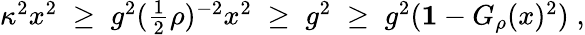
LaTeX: \begin{array}{r}{\kappa^{2}x^{2}\; \geq\; g^{2}(\frac{1}{2}\rho)^{-2}x^{2}\; \geq\; g^{2}\; \geq\; g^{2}({\mathbf 1}-G_{\rho}(x)^{2})\; ,}\end{array}